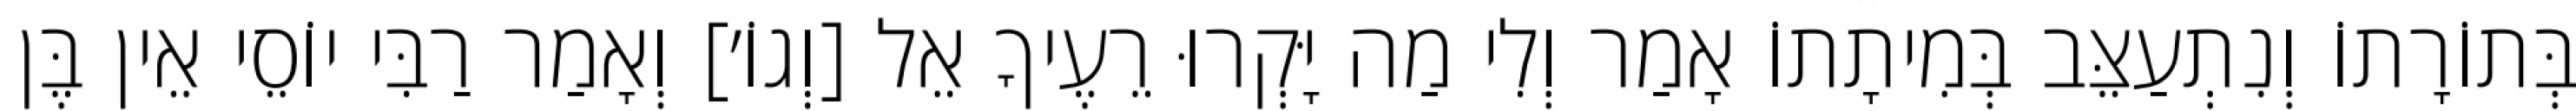
בְּתוֹרָתוֹ וְנִתְעַצֵּב בְּמִיתָתוֹ אָמַר וְלִי מַה יָּקְרוּ רֵעֶיךָ אֵל [וְגוֹ׳] וְאָמַר רַבִּי יוֹסֵי אֵין בֶּן